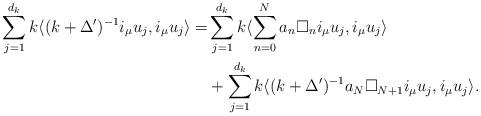
LaTeX: \begin{align*}\sum_{j=1}^{d_k}k\langle (k+\Delta')^{-1}i_{\mu}u_j,i_{\mu}u_j\rangle=&\sum_{j=1}^{d_k}k\langle \sum_{n=0}^{N}a_n\square_{n} i_{\mu}u_j,i_{\mu}u_j\rangle\\&+\sum_{j=1}^{d_k}k\langle (k+\Delta')^{-1}a_N\square_{N+1} i_{\mu}u_j,i_{\mu}u_j\rangle.\end{align*}